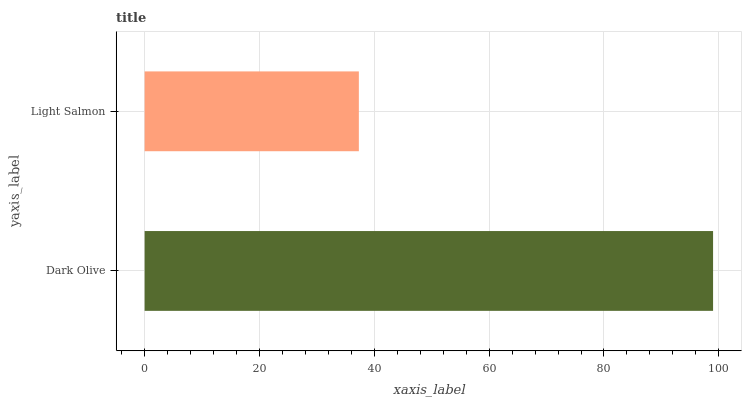
| yaxis_label | bars |
 | --- | --- |
 | Dark Olive | 99 |
 | Light Salmon | 37.3 |